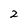
Character: 2